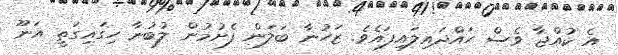
އެ ކުއްޖާ ވެސް ހައްދައިލައިފައެވެ. ޒަހުނާ ބަލަން ފެށުމުން ލުބުނާ ހިގައިގަތީ އަނޫ